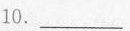
10.___